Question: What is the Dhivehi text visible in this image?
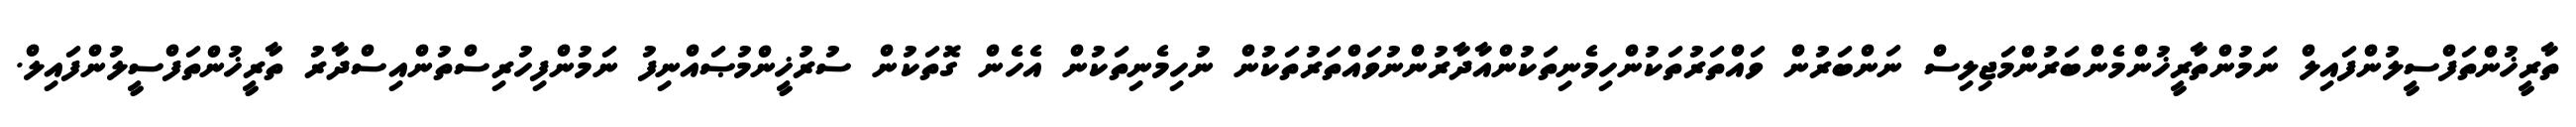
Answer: ތާރީޚުންތަފްސީލުންފައިލް ނަމުންތާރީޚުންމެންބަރުންމަޖިލިސް ނަންބަރުން ވައްތަރުތަކުންހިމެނިތަކުންއާދާރުންނުވައްތަރުތަކުން ނުހިމެނިތަކުން އެހެން ގޮތަކުން ސުރުޚީންމުޞައްނިފު ނަމުންފިހުރިސްތުންއިސްދާރު ތާރީޚުންތަފްސީލުންފައިލް.